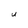
Character: U